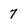
Character: 7